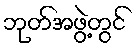
ဘုတ်အဖွဲ့တွင်